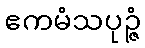
ဧကမံသပုဉ္ဇံ